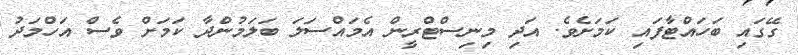
ގޭގައި ބަހައްޓާފައި ކަމަށެވެ. އަދި މިނިސްޓްރީން އެމައްސަލަ ބަލަމުންދާ ކަމަށް ވެސް އަހްމަދު